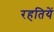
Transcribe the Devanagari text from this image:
रहतियें